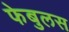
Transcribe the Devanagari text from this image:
फेबुलस